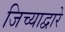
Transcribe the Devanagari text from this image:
जिच्याद्वारे